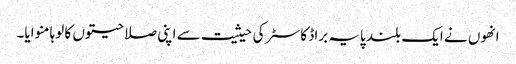
انھوں نے ایک بلند پایہ براڈ کاسٹر کی حیثیت سے اپنی صلاحیتوں کا لوہا منوایا۔